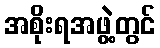
အစိုးရအဖွဲ့တွင်